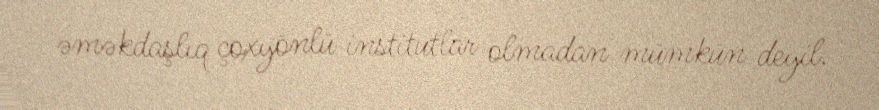
əməkdaşlıq çoxyönlü institutlar olmadan mümkün deyil.